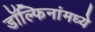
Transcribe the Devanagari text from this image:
डॉल्फिनांमध्ये